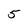
Character: 5